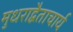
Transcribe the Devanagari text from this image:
मुधराद्वैताचार्य